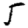
Digit: 5